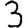
Digit: 3